Lunatic asylums Punjab 1868-1880 - 1868-1880
Year: 1868
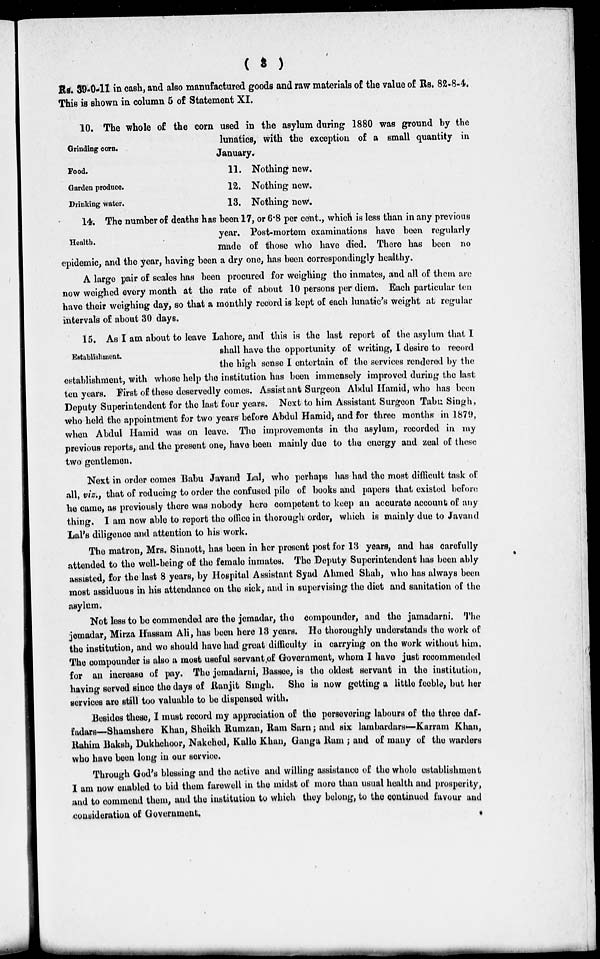
(
3
)
Rs. 39-0-11 in cash, and also manufactured goods and raw materials of the value of Rs. 82-8-4.
This is shown in column 5 of Statement XI.
Grinding corn.
10. The whole of the corn used in the asylum during 1880 was ground by the
lunatics, with the exception of a small quantity in
January.
Food.
11. Nothing new.
Garden produce.
12. Nothing new.
Drinking water.
13. Nothing new.
Health.
14. The number of deaths has been 17, or 6.8 per cent., which is less than in any previous
year. Post-mortem examinations have been regularly
made of those who have died. There has been no
epidemic, and the year, having been a dry one, has been correspondingly healthy.
A large pair of scales has been procured for weighing the inmates, and all of them are
now weighed every month at the rate of about 10 persons per diem. Each particular ten
have their weighing day, so that a monthly record is kept of each lunatic's weight at regular
intervals of about 30 days.
Establishment.
15. As I am about to leave Lahore, and this is the last report of the asylum that I
shall have the opportunity of writing, I desire to record
the high sense I entertain of the services rendered by the
establishment, with whose help the institution has been immensely improved during the last
ten years. First of these deservedly comes. Assistant Surgeon Abdul Hamid, who has been
Deputy Superintendent for the last four years. Next to him Assistant Surgeon Tabu Singh,
who held the appointment for two years before Abdul Hamid, and for three months in 1879,
when Abdul Hamid was on leave. The improvements in the asylum, recorded in my
previous reports, and the present one, have been mainly due to the energy and zeal of these
two gentlemen.
Next in order comes Babu Javand Lal, who perhaps has had the most difficult task of
all, viz., that of reducing to order the confused pile of books and papers that existed before
he came, as previously there was nobody here competent to keep an accurate account of any
thing. I am now able to report the office in thorough order, which is mainly due to Javand
Lal's diligence and attention to his work.
The matron, Mrs. Sinnott, has been in her present post for 13 years, and has carefully
attended to the well-being of the female inmates. The Deputy Superintendent has been ably
assisted, for the last 8 years, by Hospital Assistant Syad Ahmed Shah, who has always been
most assiduous in his attendance on the sick, and in supervising the diet and sanitation of the
asylum.
Not less to be commended are the jemadar, the compounder, and the jamadarni. The
jemadar, Mirza Hussam Ali, has been here 13 years. He thoroughly understands the work of
the institution, and we should have had great difficulty in carrying on the work without him.
The compounder is also a most useful servant of Government, whom I have just recommended
for an increase of pay. The jemadarni, Bassee, is the oldest servant in the institution,
having served since the days of Ranjit Singh. She is now getting a little feeble, but her
services are still too valuable to be dispensed with.
Besides these, I must record my appreciation of the persevering labours of the three daf-
fadars—Shamshere Khan, Sheikh Rumzan, Ram Sarn; and six lambardars—Karram Khan,
Rahim Baksh, Dukhehoor, Nakehed, Kalle Khan, Ganga Ram ; and of many of the warders
who have been long in our service.
Through God's blessing and the active and willing assistance of the whole establishment
I am now enabled to bid them farewell in the midst of more than usual health and prosperity,
and to commend them, and the institution to which they belong, to the continued favour and
consideration of Government.